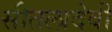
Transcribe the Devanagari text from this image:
सीतलादेवी